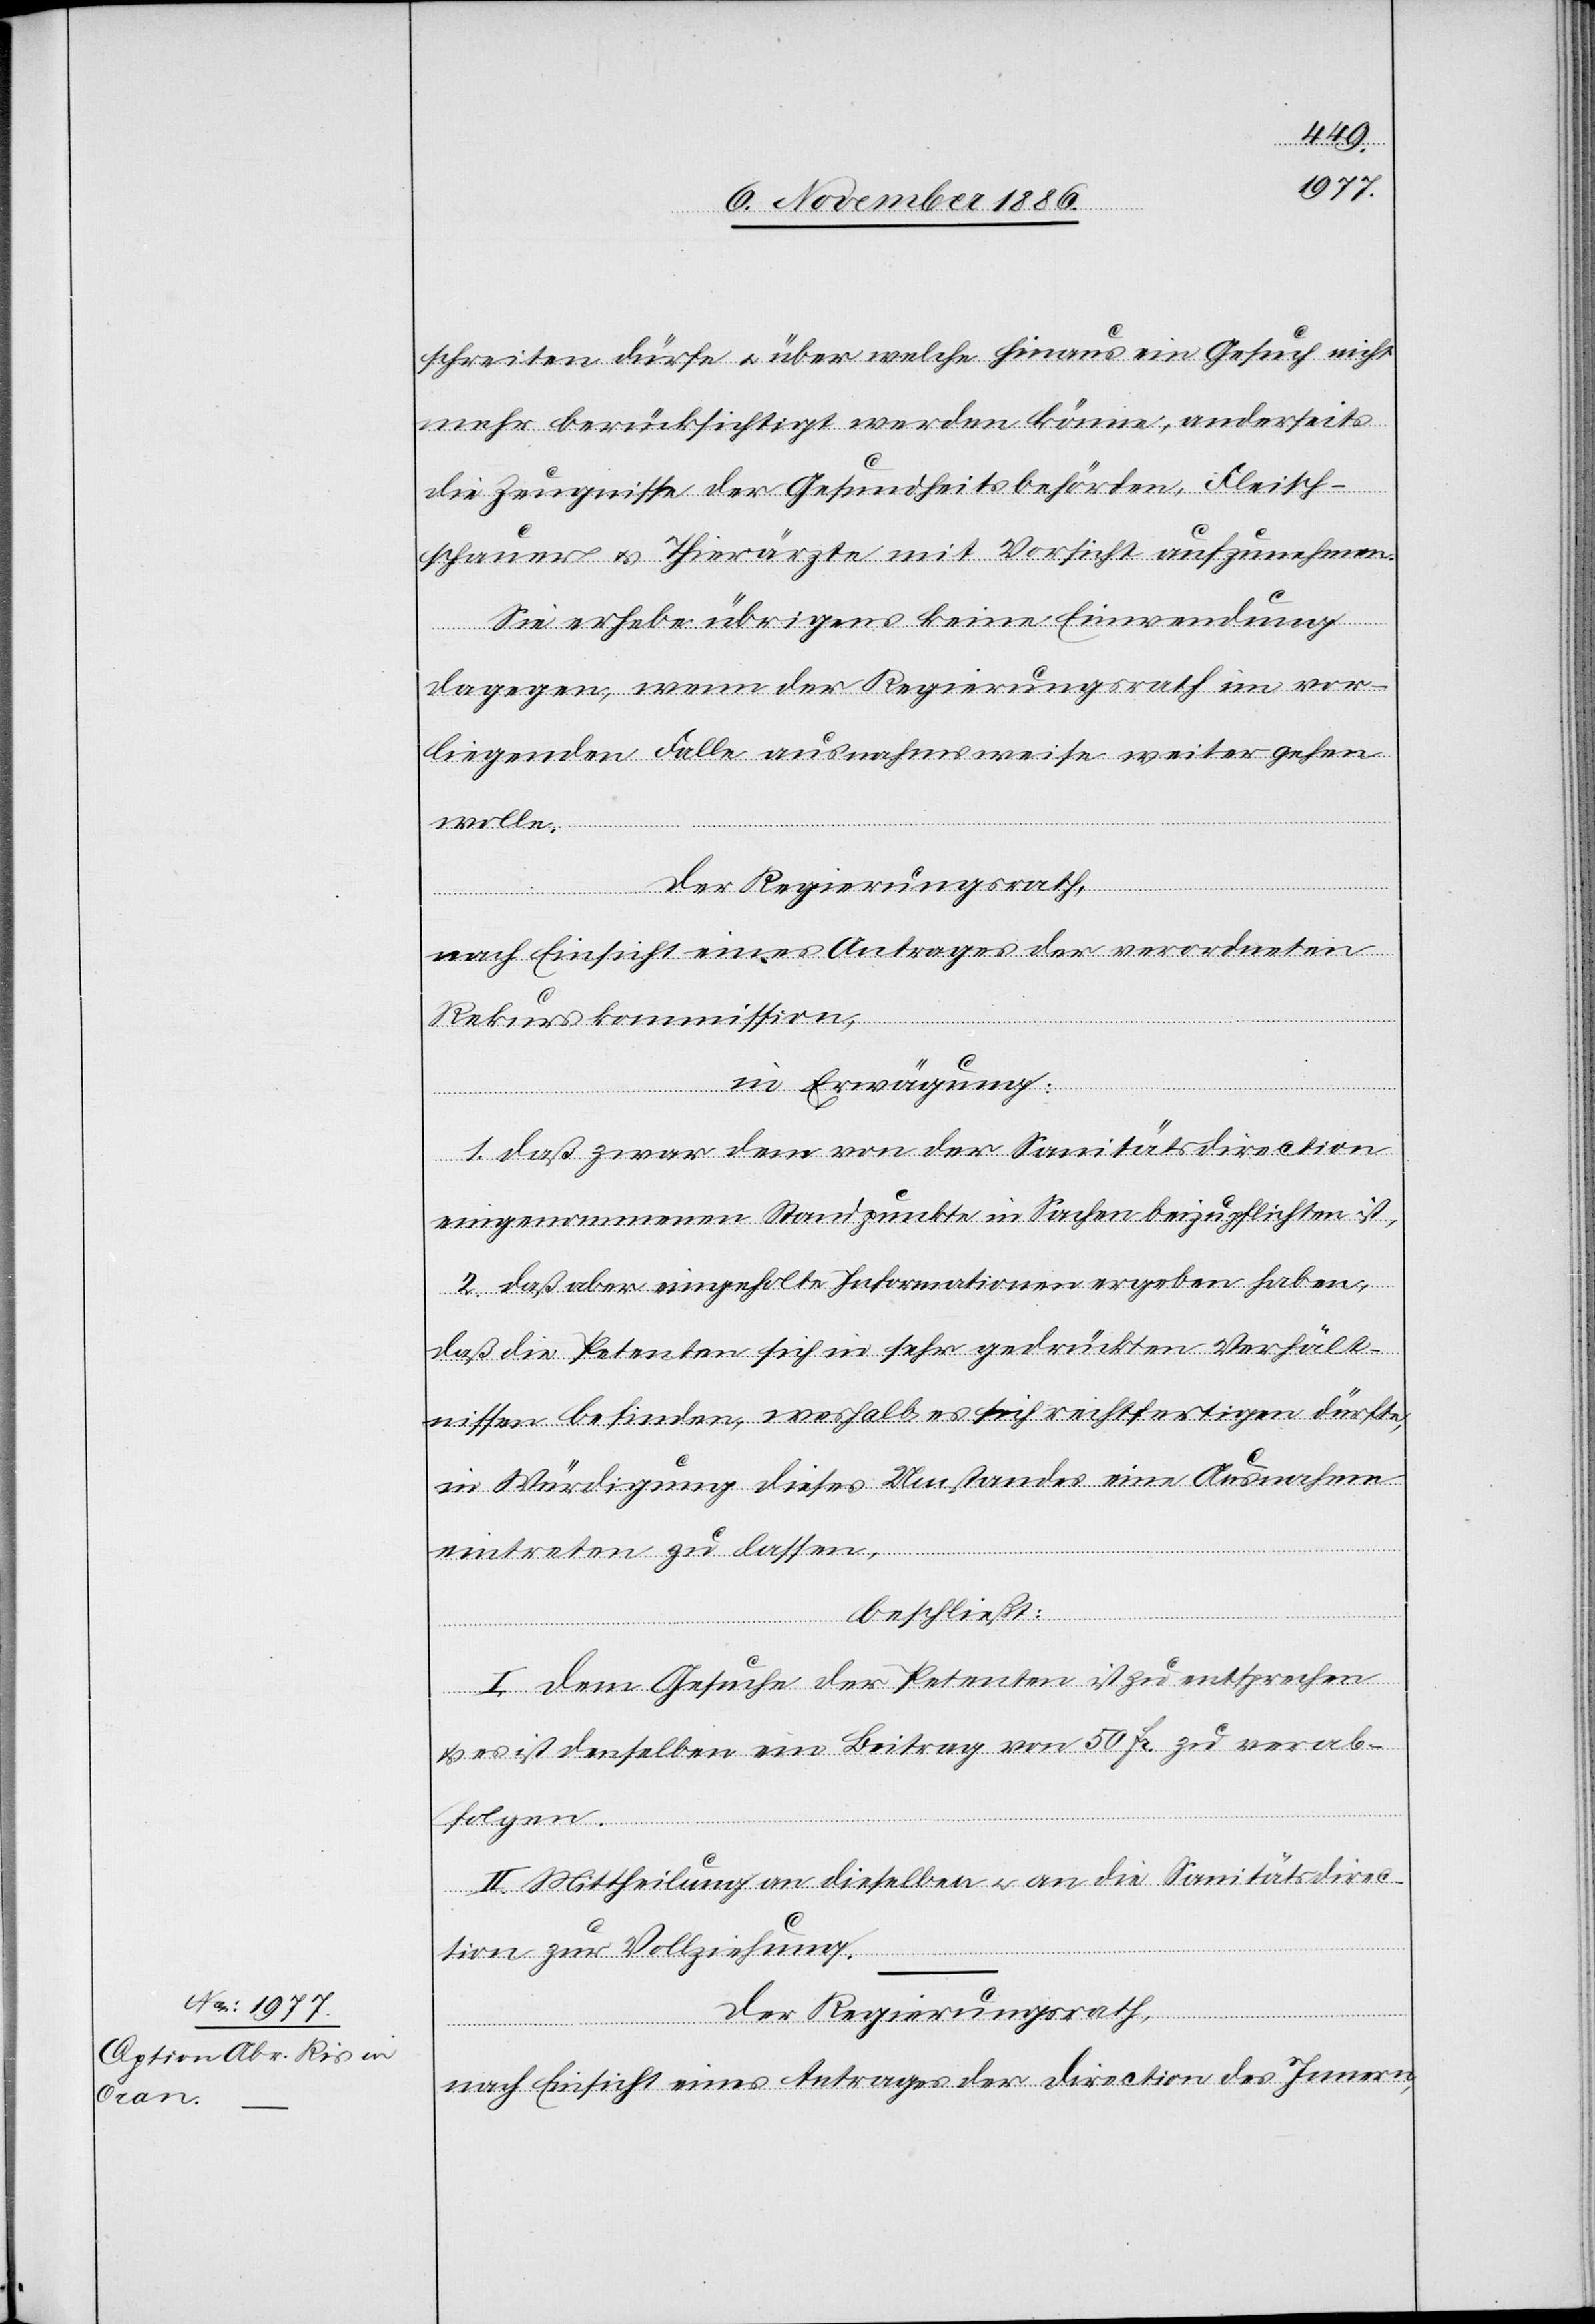
schreiten dürfe & über welche hinaus ein Gesuch nicht
mehr berücksichtigt werden könne, anderseits
die Zeugnisse der Gesundheitsbehörden, Fleisch¬
schauer & Thierärzte mit Vorsicht aufzunehmen.
Sie erhebe übrigens keine Einwendung
dagegen, wenn der Regierungsrath im vor¬
liegenden Falle ausnahmsweise weiter gehen
wolle.
Der Regierungsrath,
nach Einsicht eines Antrages der verordneten
Rekurskommission,
in Erwägung:
1. daß zwar dem von der Sanitätsdirection
eingenommenen Standpunkte in Sachen beizupflichten ist,
2. daß aber eingeholte Informationen ergeben haben,
daß die Petenten sich in sehr gedrückten Verhält¬
nissen befinden, weshalb es sich rechtfertigen dürfte,
in Würdigung dieses Umstandes eine Ausnahme
eintreten zu lassen,
beschließt:
I. Dem Gesuche der Petenten ist zu entsprechen
& es ist denselben ein Beitrag von 50 Fr. zu verab¬
folgen.
II. Mittheilung an dieselben & an die Sanitätsdirec¬
tion zur Vollziehung.
Der Regierungsrath,
nach Einsicht eines Antrages der Direction des Innern,